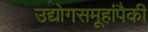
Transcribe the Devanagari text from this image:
उद्योगसमूहांपैकी